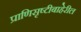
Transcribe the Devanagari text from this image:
प्राणिसृष्टीबाहेरील